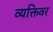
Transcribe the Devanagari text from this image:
व्यक्तिवर